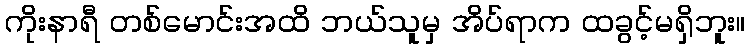
ကိုးနာရီ တစ်မောင်းအထိ ဘယ်သူမှ အိပ်ရာက ထခွင့်မရှိဘူး။